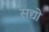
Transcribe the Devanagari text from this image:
सद्यो